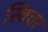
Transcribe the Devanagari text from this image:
स्विचर